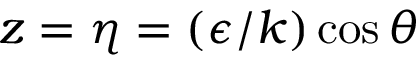
z = \eta = ( \epsilon / k ) \cos { \theta }